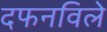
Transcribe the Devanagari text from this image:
दफनविले